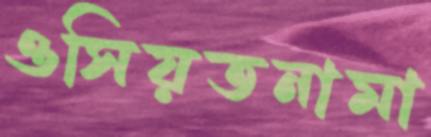
ওসিয়তনামা